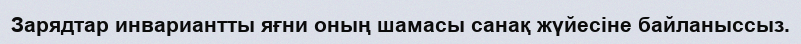
Зарядтар инвариантты яғни оның шамасы санақ жүйесiне байланыссыз.